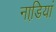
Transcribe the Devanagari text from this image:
नाडि़यां